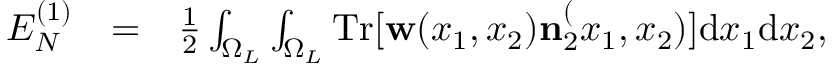
\begin{array} { r l r } { E _ { N } ^ { ( 1 ) } } & { = } & { \frac { 1 } { 2 } \int _ { \Omega _ { L } } \int _ { \Omega _ { L } } \ensuremath { \mathrm { T r } } [ \ensuremath { \mathbf { w } } ( x _ { 1 } , x _ { 2 } ) \ensuremath { \mathbf { n } } _ { 2 } ^ ( x _ { 1 } , x _ { 2 } ) ] \ensuremath { \mathrm { d } } x _ { 1 } \ensuremath { \mathrm { d } } x _ { 2 } , } \end{array}